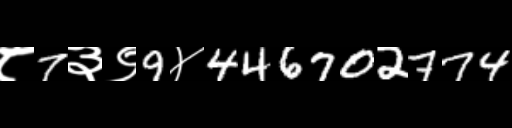
Text: ८7३९9४446702774